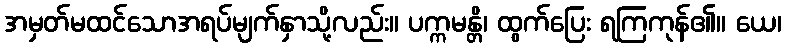
အမှတ်မထင်သောအရပ်မျက်နှာသို့လည်း။ ပက္ကမန္တိ၊ ထွက်ပြေး ရကြကုန်၏။ ယေ၊